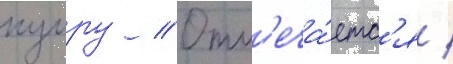
кумру // Отм'еча́етс'я /